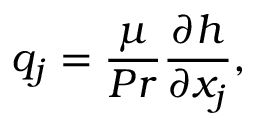
q _ { j } = \frac { \mu } { P r } \frac { \partial h } { \partial x _ { j } } ,